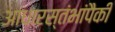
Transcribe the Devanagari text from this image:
आधारस्तंभांपैकी